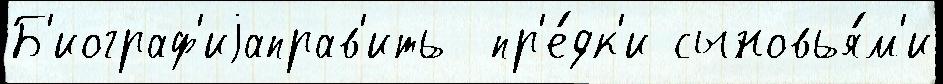
Б'иограф'иjаправ'ить  пр'е́дк'и сыновья́м'и